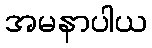
အမနာပါယ